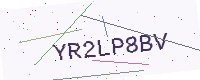
Text: YR2LP8BV